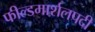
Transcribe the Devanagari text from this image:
फील्डमार्शलपदी